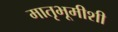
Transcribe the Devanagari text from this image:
मातृभूमीशी